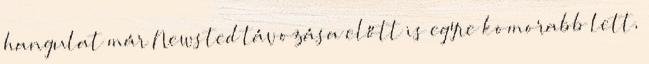
hangulat már Newsted távozása előtt is egyre komorabb lett,